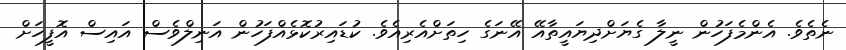
ނެތެވެ. އެންމެފަހުން ނީލާ ގެޔަށްދިޔައީތާއޭ އޭނަގެ ހިތަށްއެރިއެވެ. ކުޑައިރުކޮޅެއްފަހުން އަނިލްވެސް އައިސް އޮފީހަށް